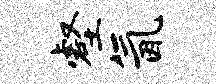
壑氤